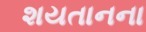
શયતાનના